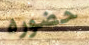
حضوره